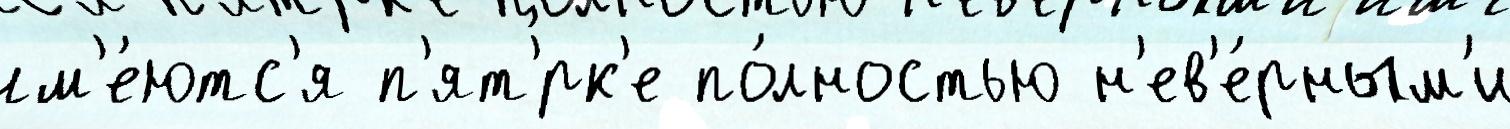
им'е́ютс'я п'ят'́рк'е по́лностью н'ев'е́рным'и